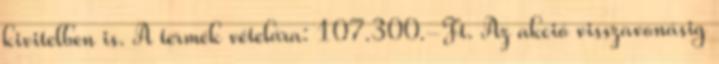
kivitelben is. A termék vételára: 107.300.-Ft. Az akció visszavonásig